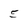
Character: 5